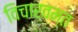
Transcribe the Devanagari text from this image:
विचारवम्त